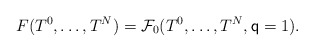
\begin{align*}F(T^0,\dots,T^{N})=\mathcal{F}_0(T^0,\dots,T^{N},\mathsf{q}=1).\end{align*}